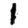
Digit: 1